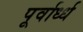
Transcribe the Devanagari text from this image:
पूर्वार्ध्ध